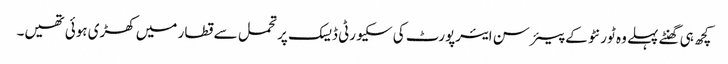
کچھ ہی گھنٹے پہلے وہ ٹورنٹو کے پیئرسن ایئرپورٹ کی سکیورٹی ڈیسک پر تحمل سے قطار میں کھڑی ہوئی تھیں۔